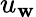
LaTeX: u_{\mathbf{w}}